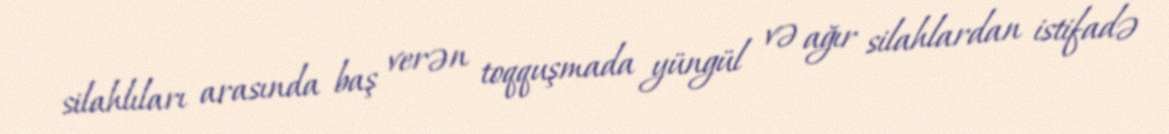
silahlıları arasında baş verən toqquşmada yüngül və ağır silahlardan istifadə